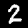
Label: 2